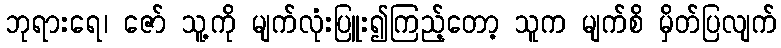
ဘုရားရေ၊ ဇော် သူ့ကို မျက်လုံးပြူး၍ကြည့်တော့ သူက မျက်စိ မှိတ်ပြလျက်